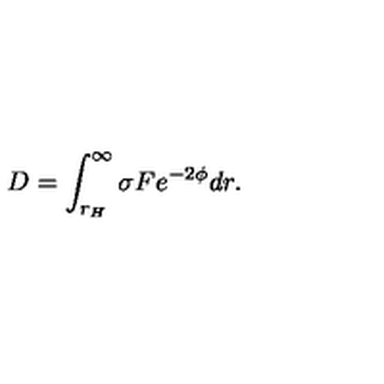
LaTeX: D = \int _ { r _ { H } } ^ { \infty } \sigma F e ^ { - 2 \phi } d r .